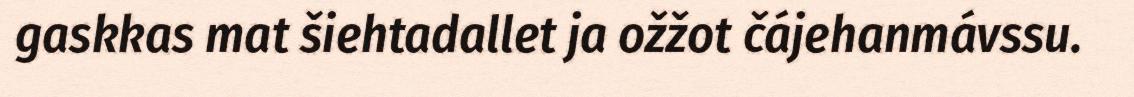
gaskkas mat šiehtadallet ja ožžot čájehanmávssu.